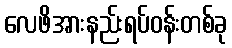
လေဖိအားနည်းရပ်ဝန်းတစ်ခု